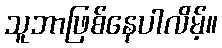
သူဘာဖြစ်နေပါလိမ့်။